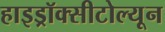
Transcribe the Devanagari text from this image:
हाइड्रॉक्सीटोल्यून